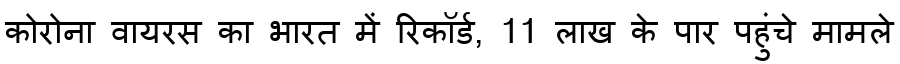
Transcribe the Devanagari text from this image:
कोरोना वायरस का भारत में रिकॉर्ड, 11 लाख के पार पहुंचे मामले